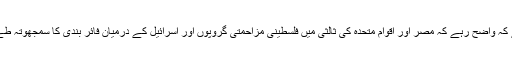
واضح رہے کہ واضح رہے کہ مصر اور اقوام متحدہ کی ثالثی میں فلسطینی مزاحمتی گروپوں اور اسرائیل کے درمیان فائر بندی کا سمجھوتہ طے پا گیا تھا۔